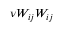
\nu W _ { i j } W _ { i j }